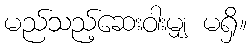
မည်သည့်ဆေးဝါးမျှ မရှိ။